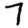
Digit: 7